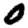
Digit: 0